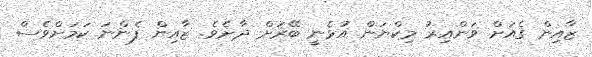
ޒާއިން ގެއަށް ވަންއިރު މިކްޔަން އުޅެނީ ބޭރަށް ދާށެވެ. ޒާއިން ފެންނަ ކަމަށްވެސް